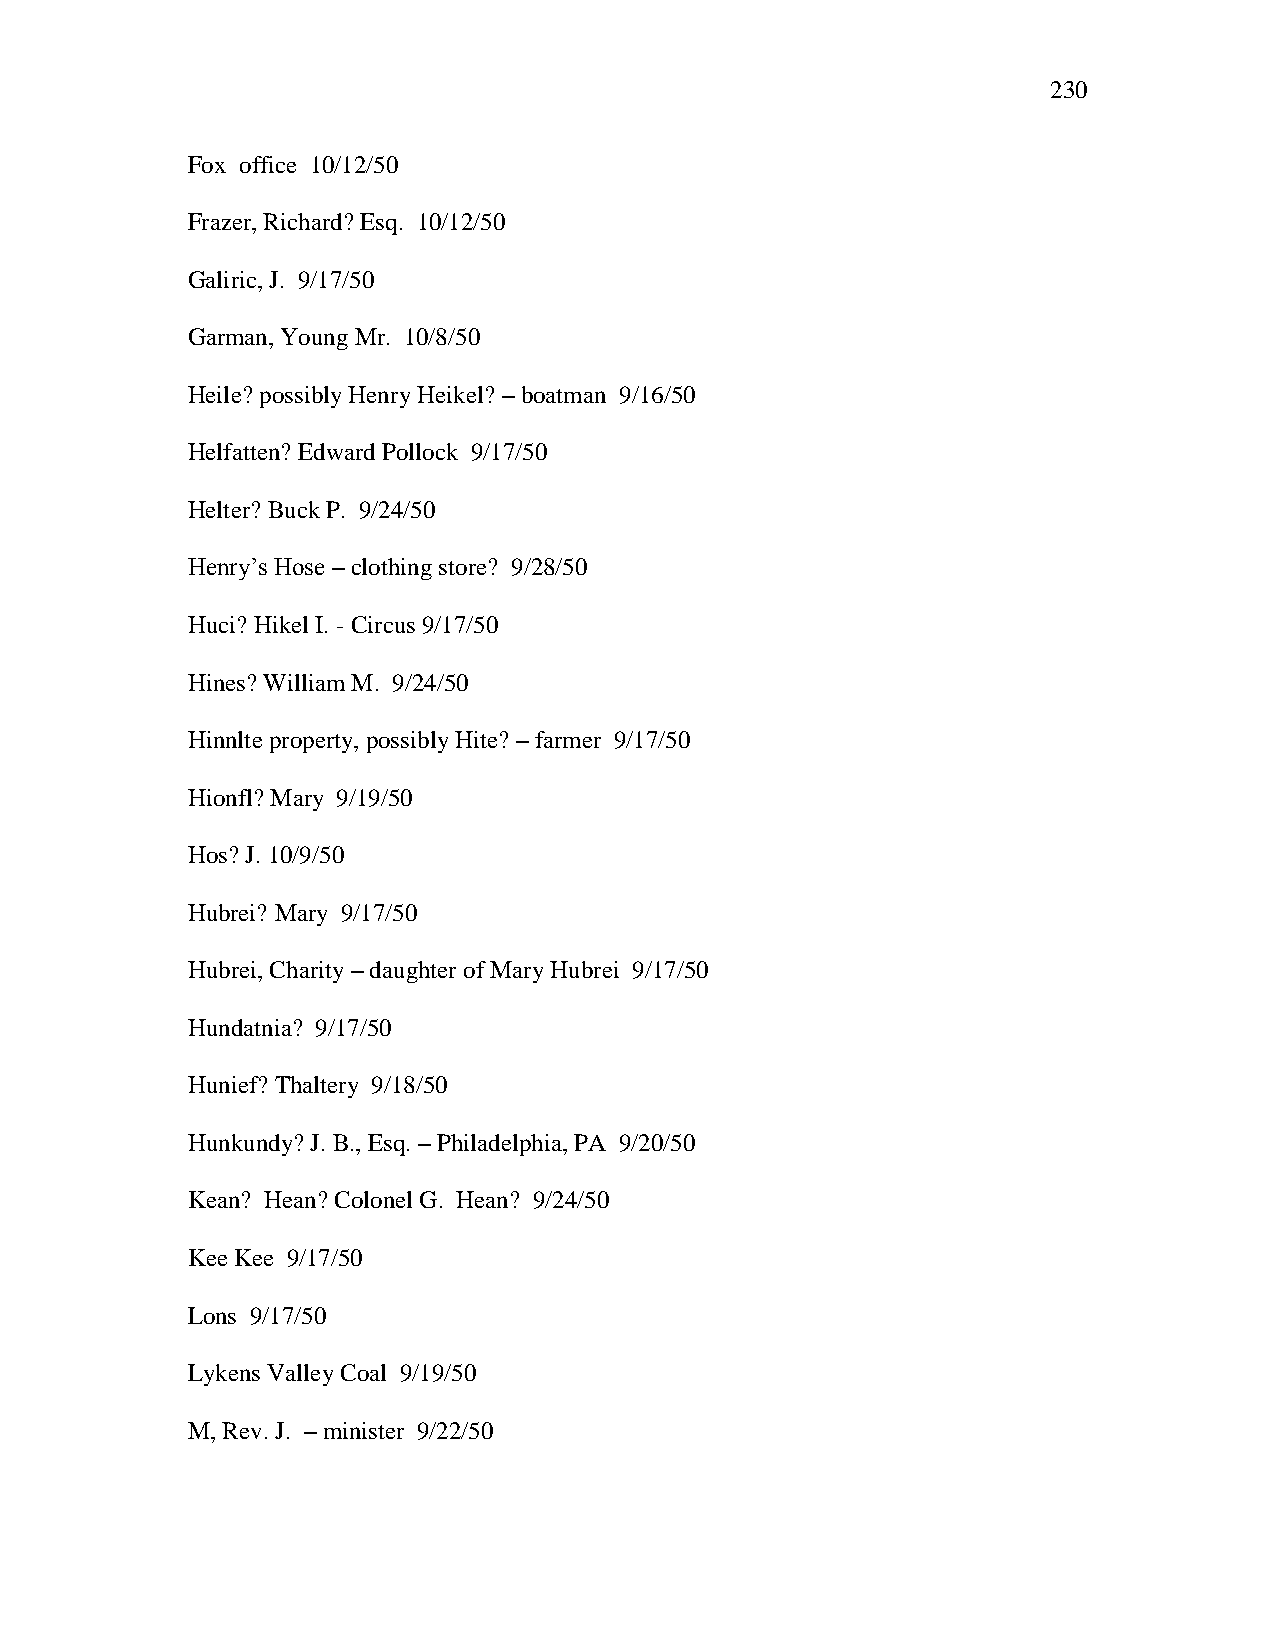
230
 Fox office 10/12/50
 Frazer, Richard? Esq. 10/12/50
 Galiric, J. 9/17/50
 Garman, Young Mr. 10/8/50
 Heile? possibly Henry Heikel? – boatman 9/16/50
 Helfatten? Edward Pollock 9/17/50
 Helter? Buck P. 9/24/50
 Henry‘s Hose – clothing store? 9/28/50
 Huci? Hikel I. - Circus 9/17/50
 Hines? William M. 9/24/50
 Hinnlte property, possibly Hite? – farmer 9/17/50
 Hionfl? Mary 9/19/50
 Hos? J. 10/9/50
 Hubrei? Mary 9/17/50
 Hubrei, Charity – daughter of Mary Hubrei 9/17/50
 Hundatnia? 9/17/50
 Hunief? Thaltery 9/18/50
 Hunkundy? J. B., Esq. – Philadelphia, PA 9/20/50
 Kean? Hean? Colonel G. Hean? 9/24/50
 Kee Kee 9/17/50
 Lons 9/17/50
 Lykens Valley Coal 9/19/50
 M, Rev. J. – minister 9/22/50